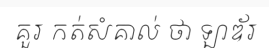
គួរ កត់សំគាល់ ថា ឡាឌ័រ